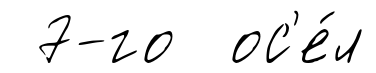
7-го ос'е́л